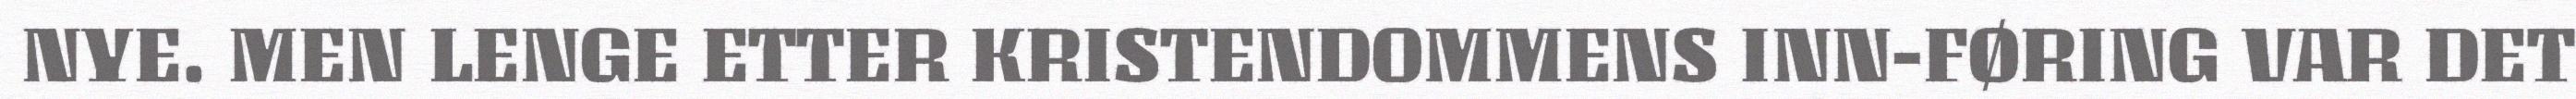
NYE. MEN LENGE ETTER KRISTENDOMMENS INN-FØRING VAR DET